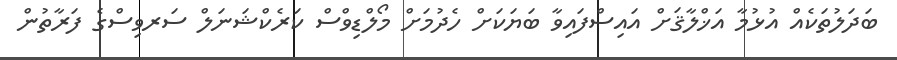
ބަދަލުތަކެއް އުޅުމާ އަޚްލާޤަށް އައިސްފައިވާ ބަޔަކަށް ހެދުމަށް މޯލްޑިވްސް ކަރެކްޝަނަލް ސަރވިސްގެ ފަރާތުން